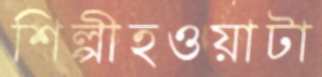
শিল্পীহওয়াটা